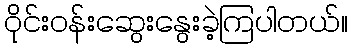
ဝိုင်းဝန်းဆွေးနွေးခဲ့ကြပါတယ်။